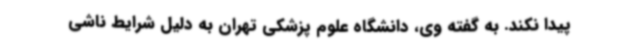
پیدا نکند. به گفته وی، دانشگاه علوم پزشکی تهران به دلیل شرایط ناشی